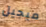
ميجيل